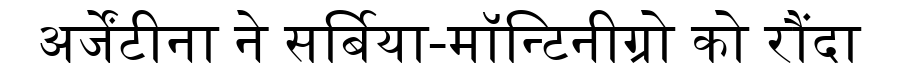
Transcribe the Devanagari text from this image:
अर्जेंटीना ने सर्बिया-मॉन्टिनीग्रो को रौंदा